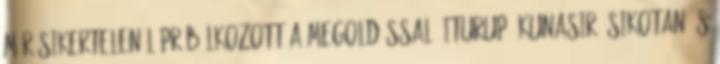
már sikertelenül próbálkozott a megoldással. Iturup, Kunasir, Sikotan és